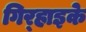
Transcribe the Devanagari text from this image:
गिर्‍हाइके